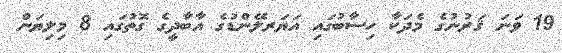
19 ވަނަ ޤަރުނުގެ މެދަކާ ހިސާބުގައި އަޔަރލޭންޑުގެ އާބާދީގެ ގޮތުގައި 8 މިލިޔަން